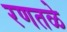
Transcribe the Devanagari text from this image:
रणतळे